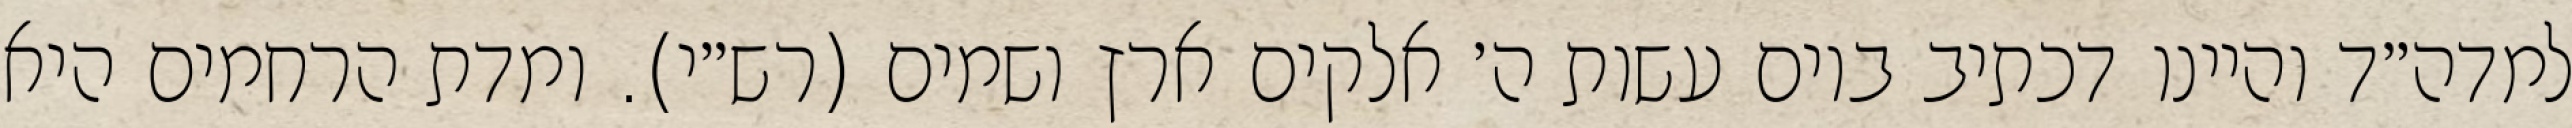
למדה״ד והיינו דכתיב ביום עשות ה׳ אלקים ארץ ושמים (רש״י). ומדת הרחמים היא